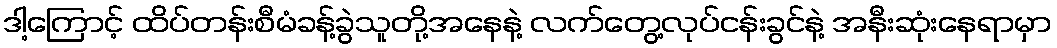
ဒါ့ကြောင့် ထိပ်တန်းစီမံခန့်ခွဲသူတို့အနေနဲ့ လက်တွေ့လုပ်ငန်းခွင်နဲ့ အနီးဆုံးနေရာမှာ